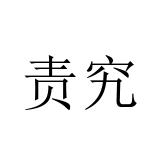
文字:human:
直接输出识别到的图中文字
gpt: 责究